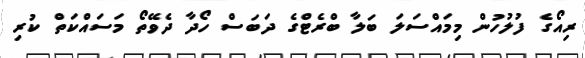
ރިއޯގެ ފުލުހުން މިމައްސަލަ ބަލާ ބްރެޓްގެ ދަބަސް ހޯދާ ދެވޭތޯ މަސައްކަތް ކުރި